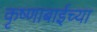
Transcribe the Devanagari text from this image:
कृष्णाबाईच्या